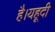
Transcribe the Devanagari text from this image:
है।यहूदी